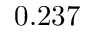
0 . 2 3 7